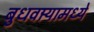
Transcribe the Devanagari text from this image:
बुधवार्‍यामध्ये